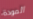
المودة